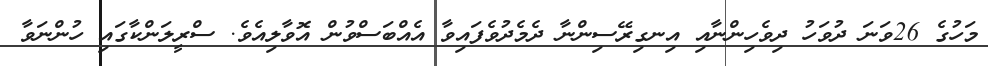
މަހުގެ 26ވަނަ ދުވަހު ދިވެހިންނާއި އިނގިރޭސިންނާ ދެމެދުވެފައިވާ އެއްބަސްވުން އޮވާލިއެވެ. ސްރީލަންކާގައި ހުންނަވާ